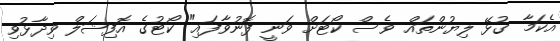
އެކަމާ ގުޅޭ ލިޔުންތައް ވެސް ކޯޓަށް ވަނީ ފޮނުވާފައި" ކޯޓުގެ އޮފިޝަލް ވިދާޅުވި